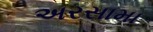
અરસામા